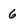
Character: 6